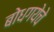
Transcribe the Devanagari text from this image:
बोधगयेचे